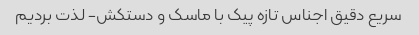
سریع دقیق اجناس تازه پیک با ماسک و دستکش- لذت بردیم